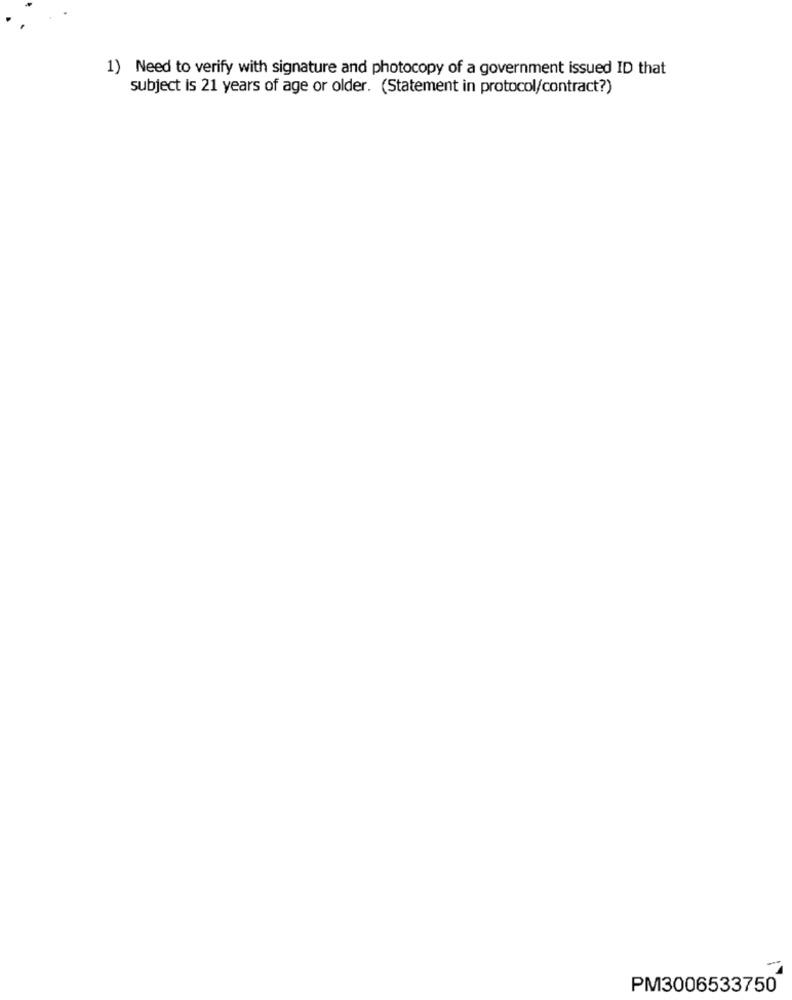
1) Need to verify with signature and photocopy of a government issued ID that
subject is 21 years of age or older. (Statement in protocol/contract?)
PM3006533750